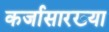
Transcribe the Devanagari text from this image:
कर्जासारख्या